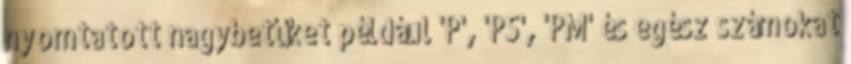
nyomtatott nagybetűket például 'P', 'PS', 'PM' és egész számokat